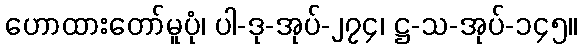
ဟောထားတော်မူပုံ၊ ပါ-ဒု-အုပ်-၂၇၄၊ ဋ္ဌ-သ-အုပ်-၁၄၅။